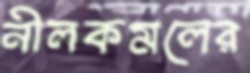
নীলকমলের